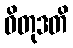
ဝိတုဒတိ